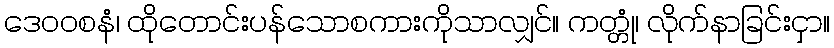
ဒေဝဝစနံ၊ ထိုတောင်းပန်သောစကားကိုသာလျှင်။ ကတ္တုံ၊ လိုက်နာခြင်းငှာ။